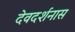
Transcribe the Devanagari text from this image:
देवदर्शनास